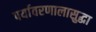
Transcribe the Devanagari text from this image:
पर्यावरणालासुद्धा